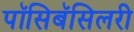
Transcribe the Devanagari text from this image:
पॉसिबॅसिलरी